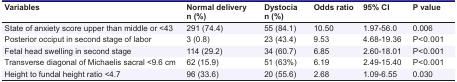
| Variables | Normal deliveryn (%) | Dystocian (%) | Odds ratio | 95% CI | P value |
 | --- | --- | --- | --- | --- | --- |
 | State of anxiety score upper than middle or <43 | 291 (74.4) | 55 (84.1) | 10.50 | 1.97-56.0 | 0.006 |
 | Posterior occiput in second stage of labor | 3 (0.8) | 23 (43.4) | 9.53 | 4.68-19.36 | P<0.001 |
 | Fetal head swelling in second stage | 114 (29.2) | 34 (60.7) | 6.85 | 2.60-18.01 | P<0.001 |
 | Transverse diagonal of Michaelis sacral <9.6 cm | 62 (15.9) | 51 (63%) | 6.19 | 2.49-15.40 | P<0.001 |
 | Height to fundal height ratio <4.7 | 96 (33.6) | 20 (55.6) | 2.68 | 1.09-6.55 | 0.030 |